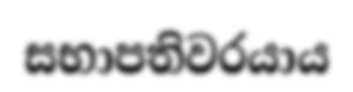
සභාපතිවරයාය